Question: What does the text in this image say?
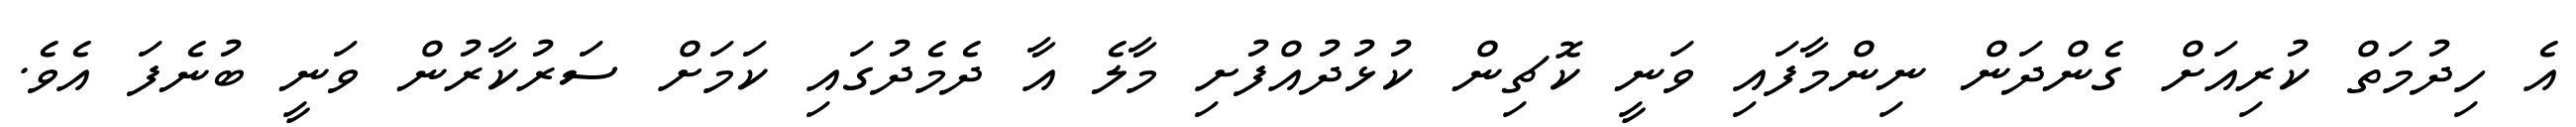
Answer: އެ ހިދުމަތް ކުރިއަށް ގެންދަން ނިންމާފައި ވަނީ ކޮޗިން ކުޅުދުއްފުށި މާލެ އާ ދެމެދުގައި ކަމަށް ސަރުކާރުން ވަނީ ބުނެފަ އެވެ.